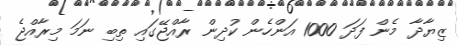
ޒިޔާދާ މެން ފަދަ 1000 އަންހެން ކުދިން ރާއްޖޭގައި ތިބި ނަމަ މިރާއްޖެ